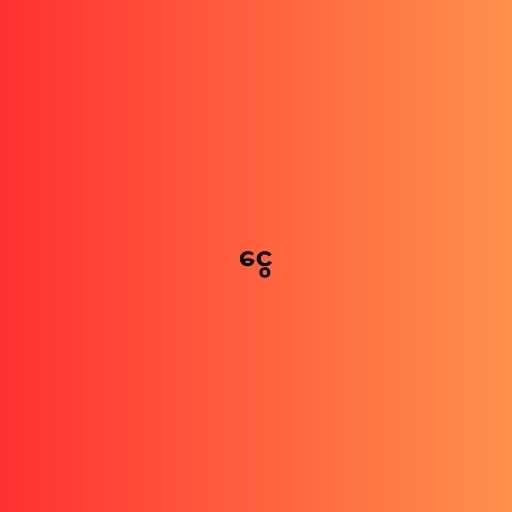
ငွေ